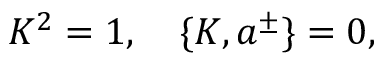
K ^ { 2 } = 1 , \quad \{ K , a ^ { \pm } \} = 0 ,